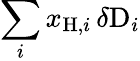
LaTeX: \sum_{i}x_{\mathrm{H},i}\, \delta\mathrm{D}_{i}